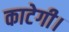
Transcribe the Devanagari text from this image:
काटेगी।